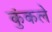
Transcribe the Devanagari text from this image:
कुंकले